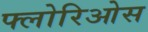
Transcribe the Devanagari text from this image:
फ्लोरिओस